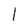
Character: 1